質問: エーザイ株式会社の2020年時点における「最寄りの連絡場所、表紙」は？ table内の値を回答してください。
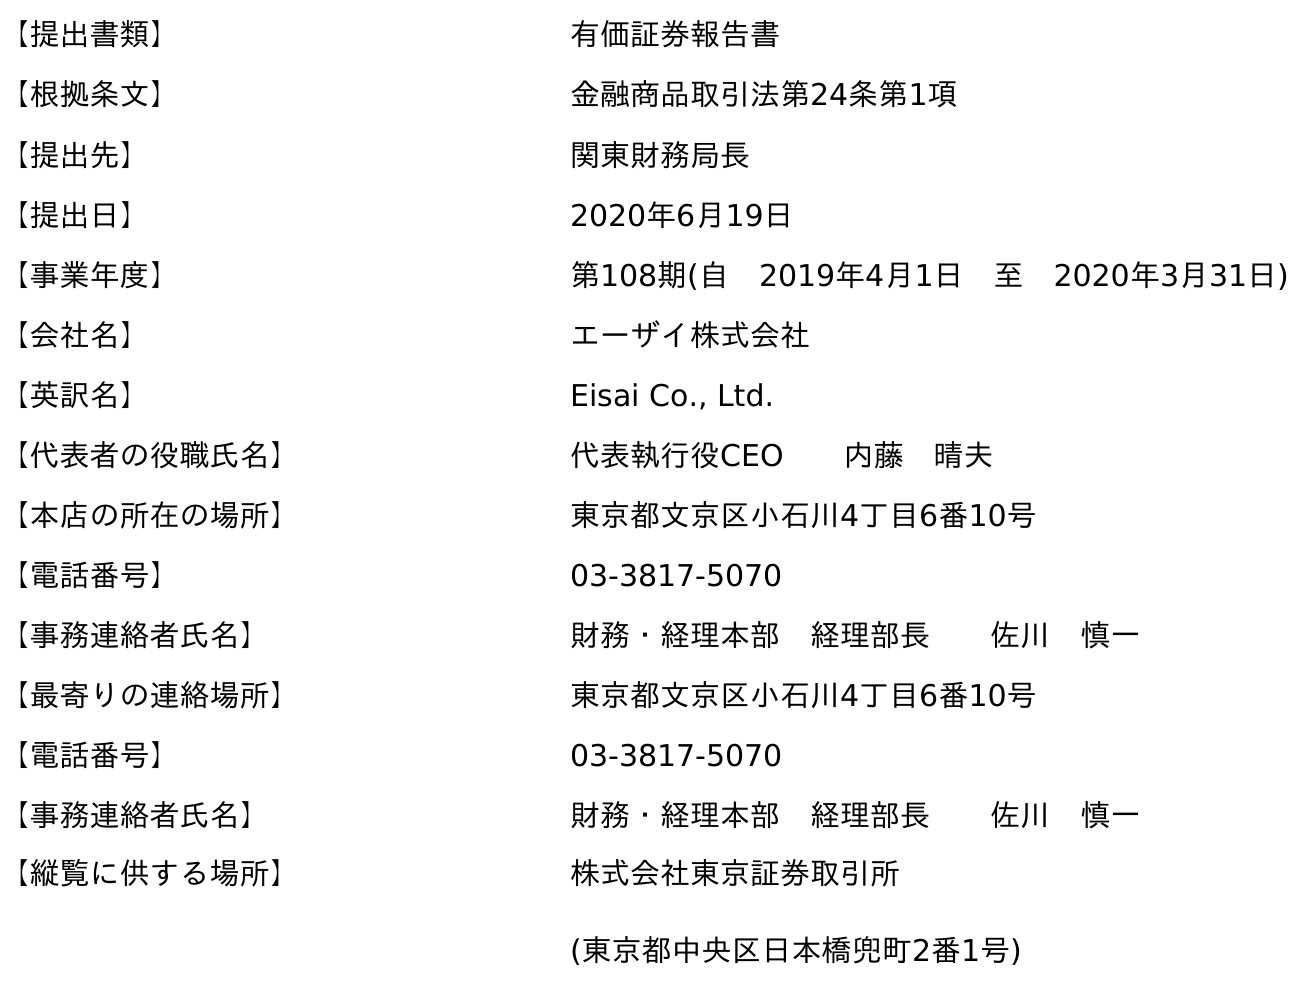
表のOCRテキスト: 【提出書類】 有価証券報告書 【根拠条文】 金融商品取引法第24条第1項 【提出先】 関東財務局長 【提出日】 2020年6月19日 【事業年度】 第108期(自 2019年4月1日 至 2020年3月31日) 【会社名】 エーザイ株式会社 【英訳名】 Eisai Co., Ltd. 【代表者の役職氏名】 代表執行役CEO  内藤 晴夫 【本店の所在の場所】 東京都文京区小石川4丁目6番10号 【電話番号】 03-3817-5070 【事務連絡者氏名】 財務・経理本部 経理部長  佐川 慎一 【最寄りの連絡場所】 東京都文京区小石川4丁目6番10号 【電話番号】 03-3817-5070 【事務連絡者氏名】 財務・経理本部 経理部長  佐川 慎一 【縦覧に供する場所】 株式会社東京証券取引所 (東京都中央区日本橋兜町2番1号)
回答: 東京都文京区小石川4丁目6番10号